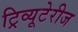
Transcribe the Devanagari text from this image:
ट्रिव्यूटेरीज